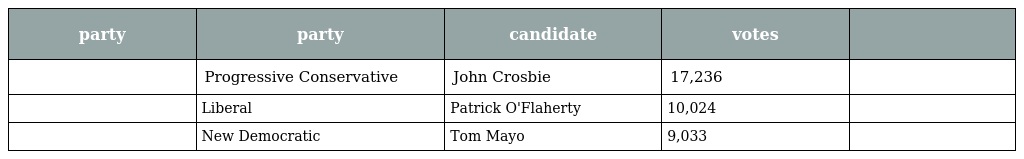
| party | party | candidate | votes |  |
 | --- | --- | --- | --- | --- |
 |  | Progressive Conservative | John Crosbie | 17,236 |  |
 |  | Liberal | Patrick O'Flaherty | 10,024 |  |
 |  | New Democratic | Tom Mayo | 9,033 |  |